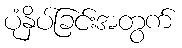
ပုံနှိပ်ခြင်းအတွက်